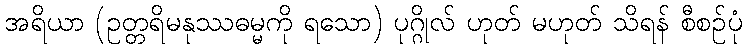
အရိယာ (ဥတ္တရိမနုဿဓမ္မကို ရသော) ပုဂ္ဂိုလ် ဟုတ် မဟုတ် သိရန် စီစဉ်ပုံ